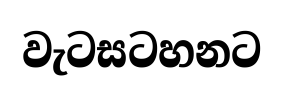
වැටසටහනට